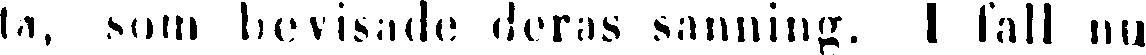
ta, som bevisade deras sanning. I fall nu